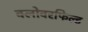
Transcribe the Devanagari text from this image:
क्लोवरफिल्ड